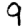
Digit: 9